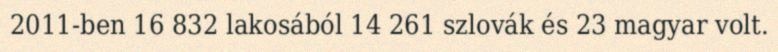
2011-ben 16 832 lakosából 14 261 szlovák és 23 magyar volt.